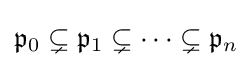
{\mathfrak {p}}_{0}\subsetneq {\mathfrak {p}}_{1}\subsetneq \cdots \subsetneq {\mathfrak {p}}_{n}